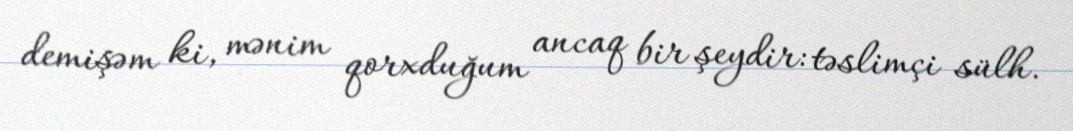
demişəm ki, mənim qorxduğum ancaq bir şeydir: təslimçi sülh.